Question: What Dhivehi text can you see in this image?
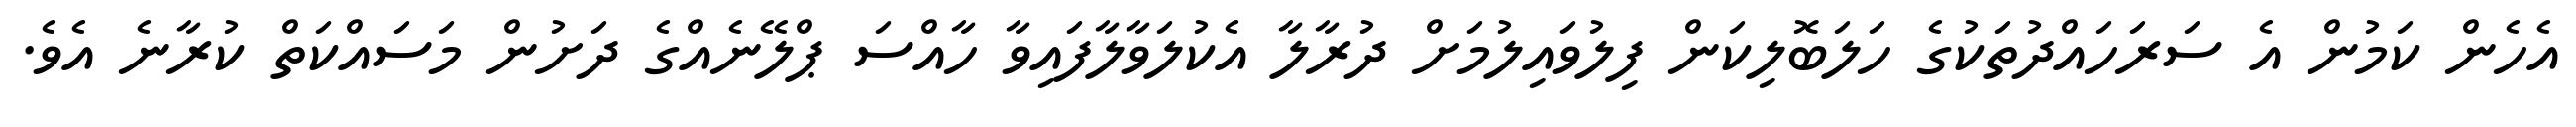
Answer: އެހެން ކަމުން އެ ސަރަހައްދުތަކުގެ ހަލަބޮލިކަން ފިލުވައިލުމަށް ދުރާލާ އެކުލަވާލާފައިވާ ހާއްސަ ޕްލޭނެއްގެ ދަށުން މަސައްކަތް ކުރާނެ އެވެ.